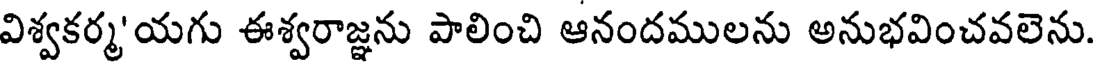
విశ్వకర్మ'యగు ఈశ్వరాజ్ఞను పాలించి ఆనందములను అనుభవించవలెను